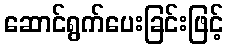
ဆောင်ရွက်ပေးခြင်းဖြင့်